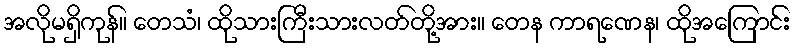
အလိုမရှိကုန်။ တေသံ၊ ထိုသားကြီးသားလတ်တို့အား။ တေန ကာရဏေန၊ ထိုအကြောင်း